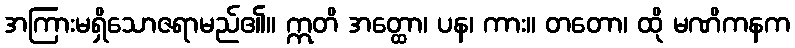
အကြားမရှိသောဇရာမည်၏။ ဣတိ အတ္ထော၊ ပန၊ ကား။ တတော၊ ထို မဏိကနက